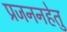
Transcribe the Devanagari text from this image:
प्रजननहेतु